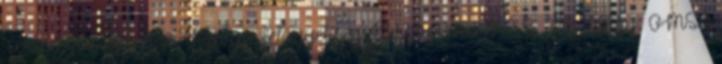
Természetvédelmi és Vízügyi Felügyel ség Üi.szám: 18389-8-8 2011. Tárgy: OMSZ